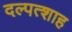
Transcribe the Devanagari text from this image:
दल्पत्शाह